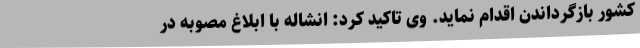
کشور بازگرداندن اقدام نماید. وی تاکید کرد: انشاله با ابلاغ مصوبه در